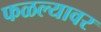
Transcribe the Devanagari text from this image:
फळल्यावर